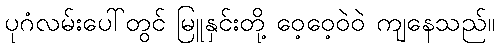
ပုဂံလမ်းပေါ်တွင် မြူနှင်းတို့ ဝေ့ဝေ့ဝဲဝဲ ကျနေသည်။